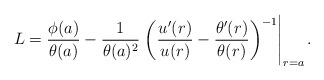
\begin{align*}L =\frac{\phi(a)}{\theta(a)} -\frac{1}{\theta(a)^2} \left.\left(\frac{u^\prime(r)}{u(r)} -\frac{\theta^\prime(r)}{\theta(r)}\right)^{-1}\right|_{r=a} .\end{align*}